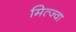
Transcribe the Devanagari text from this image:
मित्ज्वा